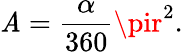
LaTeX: \mathit{A}={\frac{{\alpha}}{{360}}}\pir^{2}.